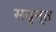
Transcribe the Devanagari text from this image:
सवृन्त